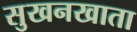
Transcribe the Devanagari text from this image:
सुखनखाता